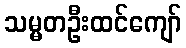
သမ္မတဦးထင်ကျော်